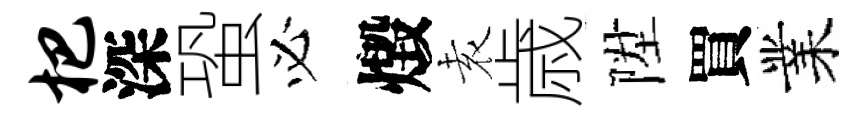
杷深蛩必燬𡊮歳陞買業